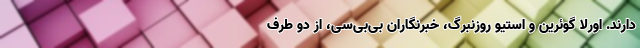
دارند. اورلا گوئرین و استیو روزنبرگ، خبرنگاران بی‌بی‌سی، از دو طرف